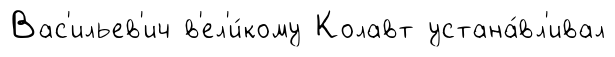
Вас'ильев'ич в'ел'и́кому Колавт устана́вл'ивал